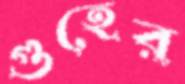
গুহের